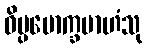
ဝိပ္ပမောက္ခမာဟံသု